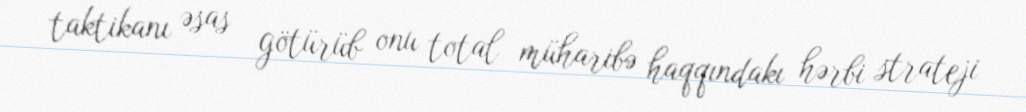
taktikanı əsas götürüb onu total müharibə haqqındakı hərbi strateji